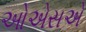
ઓએસએ